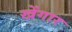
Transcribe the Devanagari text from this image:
खेंगार